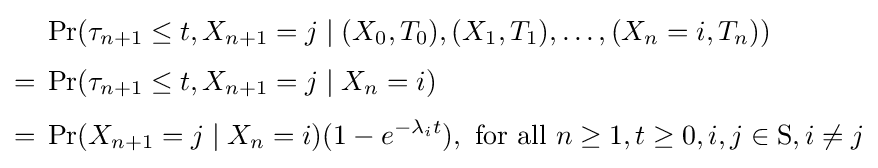
{\begin{aligned}&\Pr(\tau _{n+1}\leq t,X_{n+1}=j\mid (X_{0},T_{0}),(X_{1},T_{1}),\ldots ,(X_{n}=i,T_{n}))\\[3pt]={}&\Pr(\tau _{n+1}\leq t,X_{n+1}=j\mid X_{n}=i)\\[3pt]={}&\Pr(X_{n+1}=j\mid X_{n}=i)(1-e^{-\lambda _{i}t}),{\text{ for all }}n\geq 1,t\geq 0,i,j\in \mathrm {S} ,i\neq j\end{aligned}}